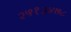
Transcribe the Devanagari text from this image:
२५१३४७८